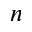
n